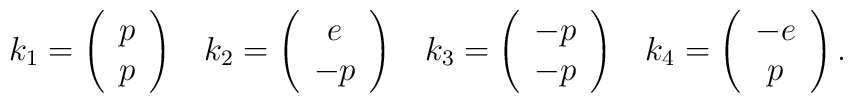
k_1 = \left( \begin{array}{c} p \\ p \end{array} \right) \;\;\;k_2 = \left( \begin{array}{c} e \\ -p \end{array} \right) \;\;\;k_3 = \left( \begin{array}{c} -p \\ -p \end{array} \right) \;\;\;k_4 = \left( \begin{array}{c} -e \\ p \end{array} \right).